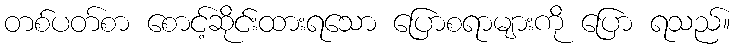
တစ်ပတ်စာ စောင့်ဆိုင်းထားရသော ပြောစရာများကို ပြော ရသည်။